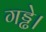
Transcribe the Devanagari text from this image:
गड्ढे।